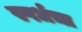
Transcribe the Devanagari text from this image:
स्पर्धचा